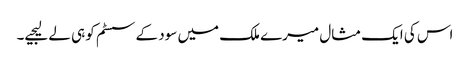
اس کی ایک مثال میرے ملک میں سود کے سسٹم کو ہی لے لیجیے۔